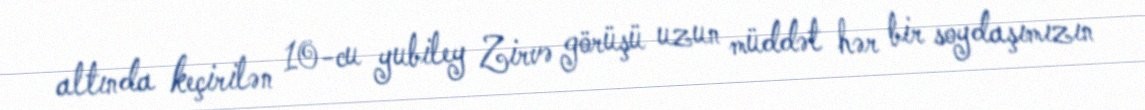
altında keçirilən 10-cu yubiley Zirvə görüşü uzun müddət hər bir soydaşımızın